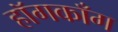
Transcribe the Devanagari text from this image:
हॉगकाँग